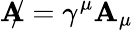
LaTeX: \mathbf{A}\! \! \! /=\gamma^{\mu}\mathbf{A}_{\mu}